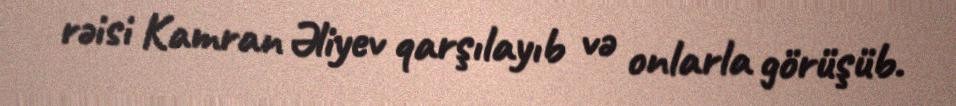
rəisi Kamran Əliyev qarşılayıb və onlarla görüşüb.